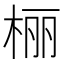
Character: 𪲔